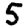
Digit: 5